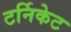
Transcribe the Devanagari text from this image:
टर्निकेट